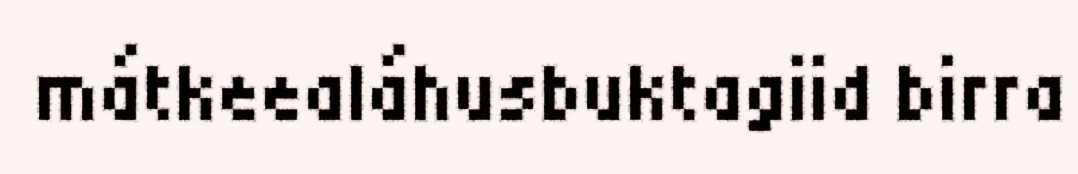
mátkeealáhusbuktagiid birra